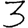
Digit: 3